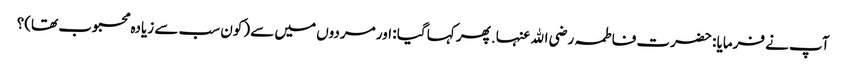
آپ نے فرمایا : حضرت فاطمہ رضی اﷲ عنہا. پھر کہا گیا : اور مردوں میں سے (کون سب سے زیادہ محبوب تھا)؟